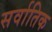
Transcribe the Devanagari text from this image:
सर्वातिक